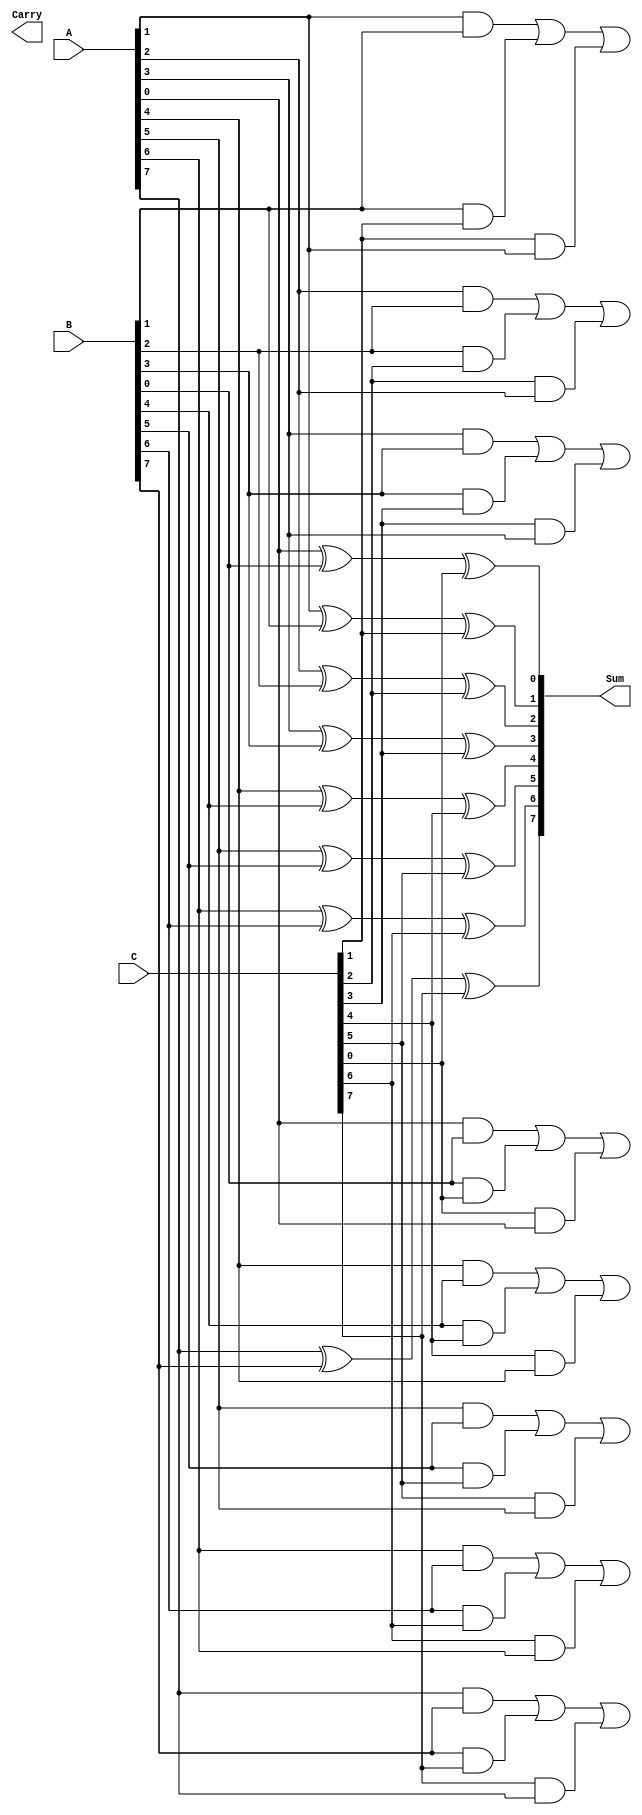
module CarrySaveAdder #(parameter n = 8) (
    input  [n-1:0] A,   // First input
    input  [n-1:0] B,   // Second input
    input  [n-1:0] C,   // Third input
    output [n-1:0] Sum,  // Sum output
    output [n:0]   Carry // Carry output (n+1 bits)
);
    
    // Intermediate carry signals
    wire [n:0] carry;
    
    // Calculate Sum and Carry for each bit position
    genvar i;
    generate
        for (i = 0; i < n; i = i + 1) begin : CSA_bit
            // Sum calculation (XOR)
            assign Sum[i] = A[i] ^ B[i] ^ C[i];
            
            // Carry calculation (AND and OR)
            assign carry[i + 1] = (A[i] & B[i]) | (B[i] & C[i]) | (C[i] & A[i]);
        end
    endgenerate

    // Assign the carry output
    assign Carry = carry;

endmodule